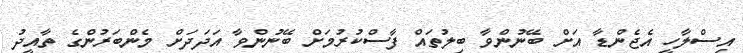
އިސްލާހީ އެޖެންޑާ އަށް ބޭނުންވާ ބިލުތައް ފާސްކުރުމަށް ބޭނުންވާ އަދަދަށް މެންބަރުންގެ ތާއީދު